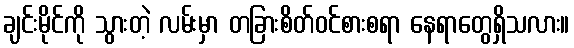
ချင်းမိုင်ကို သွားတဲ့ လမ်းမှာ တခြားစိတ်ဝင်စားစရာ နေရာတွေရှိသလား။